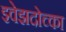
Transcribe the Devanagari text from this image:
झ्वेझदोच्का